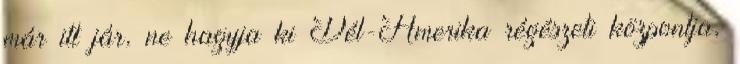
már itt jár, ne hagyja ki Dél-Amerika régészeti központja,